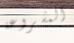
المشروعة